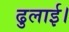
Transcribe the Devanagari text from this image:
ढुलाई।